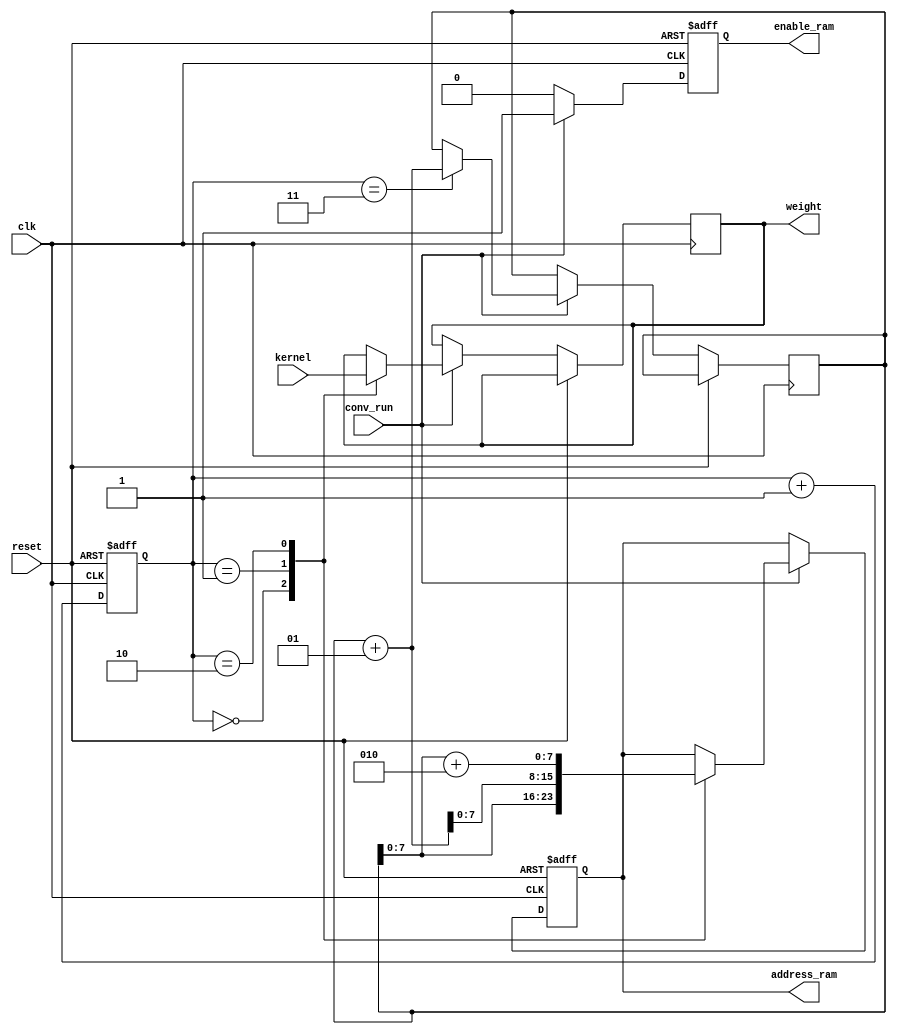
`timescale 1ns / 1ps

module input_control(
    input clk,
    input reset,
    input conv_run,
    input [71:0] kernel,
    output reg enable_ram,
    output reg [7:0] address_ram,
    output reg [23:0] weight
    );
    
    reg [1:0] count = 0;
    integer last_addr = 8'b0;
    
    always @(posedge clk, posedge reset)
    begin
        if (reset) begin
            enable_ram <= 0;
            address_ram <= 0;
            count <= 0;
        end
        else begin
            count <= count + 1;
            if (conv_run) begin
                enable_ram <= 1;                
                case (count)
                    0: begin
                        weight <= kernel[71:48];
                        address_ram <= last_addr;
                    end
                    1: begin
                        weight <= kernel[47:24];
                        address_ram <= last_addr + 1;
                    end
                    2: begin
                        weight <= kernel[23:0];
                        address_ram <= last_addr + 2;
                    end
                    3: begin
                        last_addr <= last_addr + 1;
                    end
                endcase
            end
            else
                enable_ram <= 0;
        end
    end    
endmodule